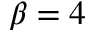
\beta = 4